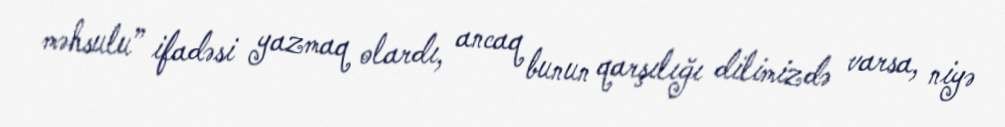
məhsulu” ifadəsi yazmaq olardı, ancaq bunun qarşılığı dilimizdə varsa, niyə